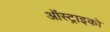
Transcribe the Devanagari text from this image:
ऑस्ट्राइको